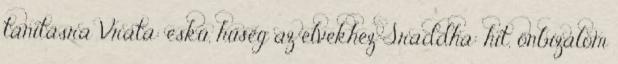
tanításra Vrata: eskü, hűség az elvekhez Sraddha: hit, önbizalom